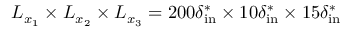
L _ { x _ { 1 } } \times L _ { x _ { 2 } } \times L _ { x _ { 3 } } = 2 0 0 \delta _ { \mathrm { i n } } ^ { * } \times 1 0 \delta _ { \mathrm { i n } } ^ { * } \times 1 5 \delta _ { \mathrm { i n } } ^ { * }